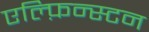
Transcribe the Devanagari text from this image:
एल्फ़िन्स्टन